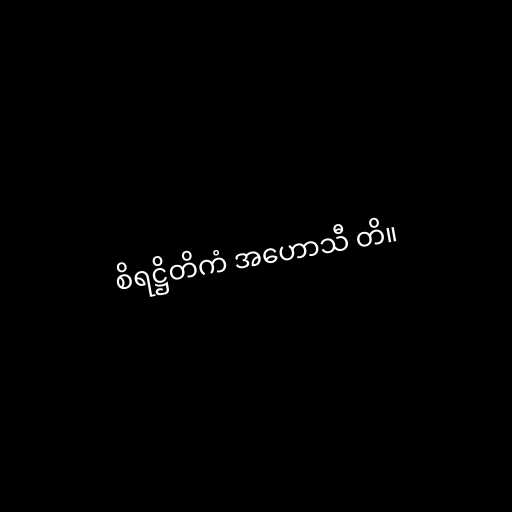
စိရဋ္ဌိတိကံ အဟောသီ တိ။